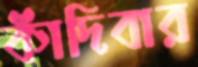
কাঁদিবার